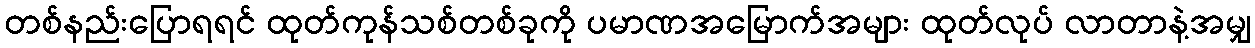
တစ်နည်းပြောရရင် ထုတ်ကုန်သစ်တစ်ခုကို ပမာဏအမြောက်အများ ထုတ်လုပ် လာတာနဲ့အမျှ